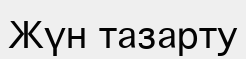
Жүн тазарту